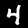
Label: 4